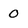
Character: 0